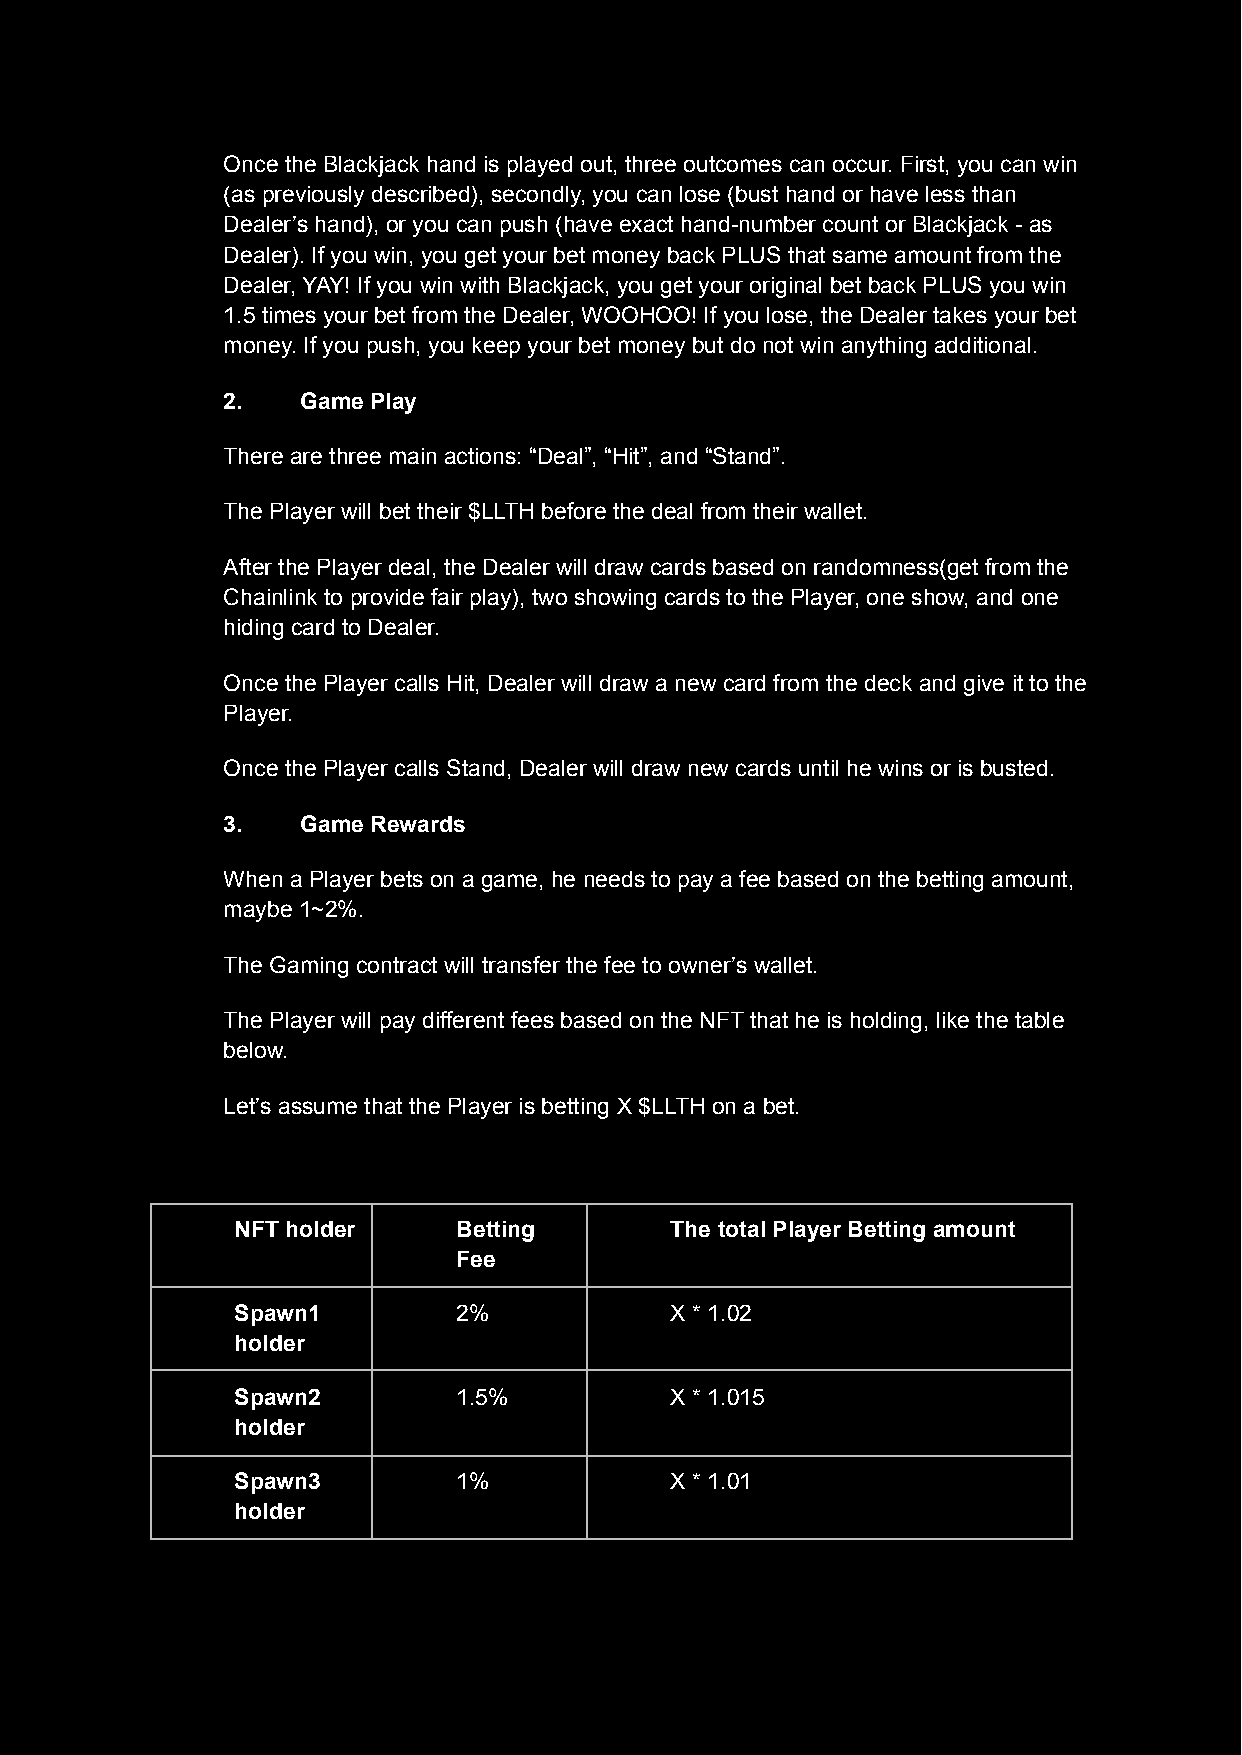
Once the Blackjack hand is played out, three outcomes can occur. First, you can win
 (as previously described), secondly, you can lose (bust hand or have less than
 Dealer’s hand), or you can push (have exact hand-number count or Blackjack - as
 Dealer). If you win, you get your bet money back PLUS that same amount from the
 Dealer, YAY! If you win with Blackjack, you get your original bet back PLUS you win
 1.5 times your bet from the Dealer, WOOHOO! If you lose, the Dealer takes your bet
 money. If you push, you keep your bet money but do not win anything additional.
 2.   Game Play
 There are three main actions: “Deal”, “Hit”, and “Stand”.
 The Player will bet their $LLTH before the deal from their wallet.
 After the Player deal, the Dealer will draw cards based on randomness(get from the
 Chainlink to provide fair play), two showing cards to the Player, one show, and one
 hiding card to Dealer.
 Once the Player calls Hit, Dealer will draw a new card from the deck and give it to the
 Player.
 Once the Player calls Stand, Dealer will draw new cards until he wins or is busted.
 3.   Game Rewards
 When a Player bets on a game, he needs to pay a fee based on the betting amount,
 maybe 1~2%.
 The Gaming contract will transfer the fee to owner’s wallet.
 The Player will pay different fees based on the NFT that he is holding, like the table
 below.
 Let’s assume that the Player is betting X $LLTH on a bet.
 NFT holder    Betting       The total Player Betting amount
 Fee
 Spawn1        2%            X * 1.02
 holder
 Spawn2        1.5%          X * 1.015
 holder
 Spawn3        1%            X * 1.01
 holder